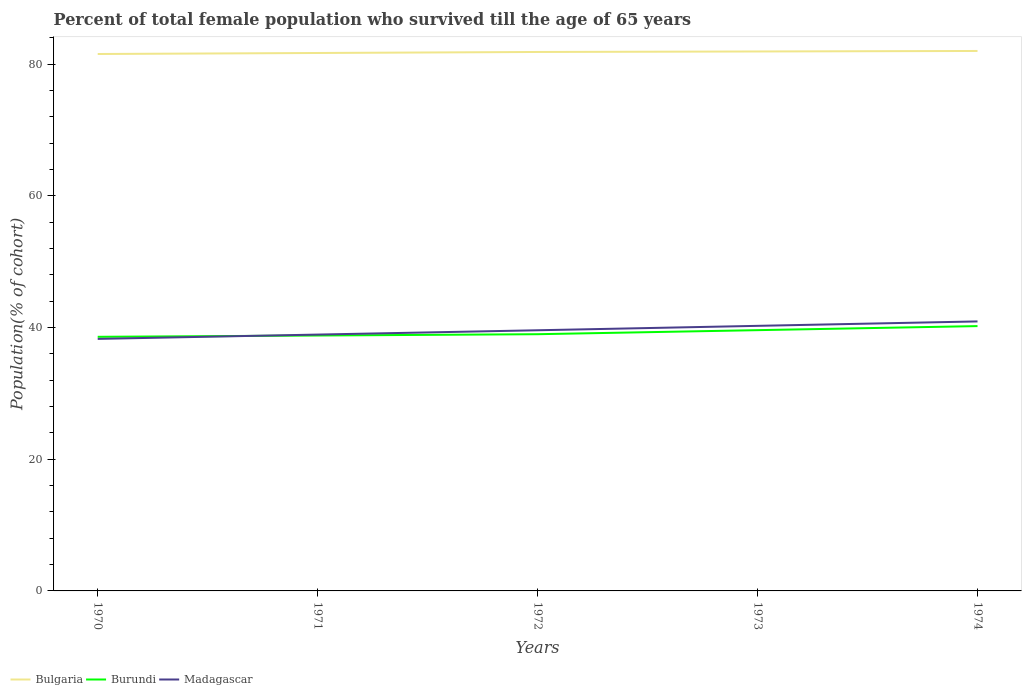
| Years | Bulgaria | Burundi | Madagascar |
 | --- | --- | --- | --- |
 | 1970 | 81.5 | 38.6 | 38.3 |
 | 1971 | 81.7 | 38.8 | 38.9 |
 | 1972 | 81.8 | 39 | 39.6 |
 | 1973 | 81.9 | 39.6 | 40.3 |
 | 1974 | 82 | 40.2 | 40.9 |